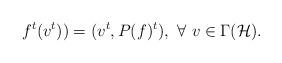
LaTeX: \begin{align*} f^t(v^t))=(v^t, P(f)^t), \ \forall \ v\in \Gamma(\mathcal H).\end{align*}